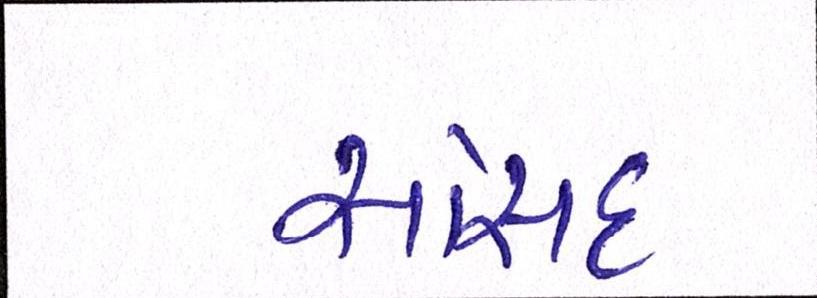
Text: સાંસદ